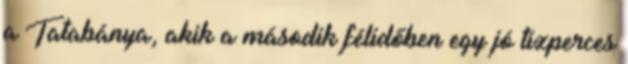
a Tatabánya, akik a második félidőben egy jó tízperces